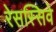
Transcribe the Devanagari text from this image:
रेसस्सिवे